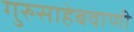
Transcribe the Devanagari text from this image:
गुरुसाहेबवाणी